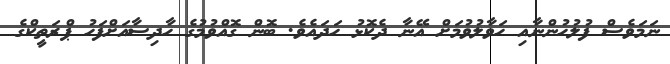
ނަމަވެސް ފުލުހުންނާއި ހަވާލުވުމަށް އޭނާ ދެކޮޅު ހަދައެވެ. ބޮން ގޮއްވުމުގެ ހާދިސާއަށްފަހު ޕްރަތީކްގެ